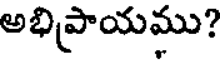
అభిప్రాయము?